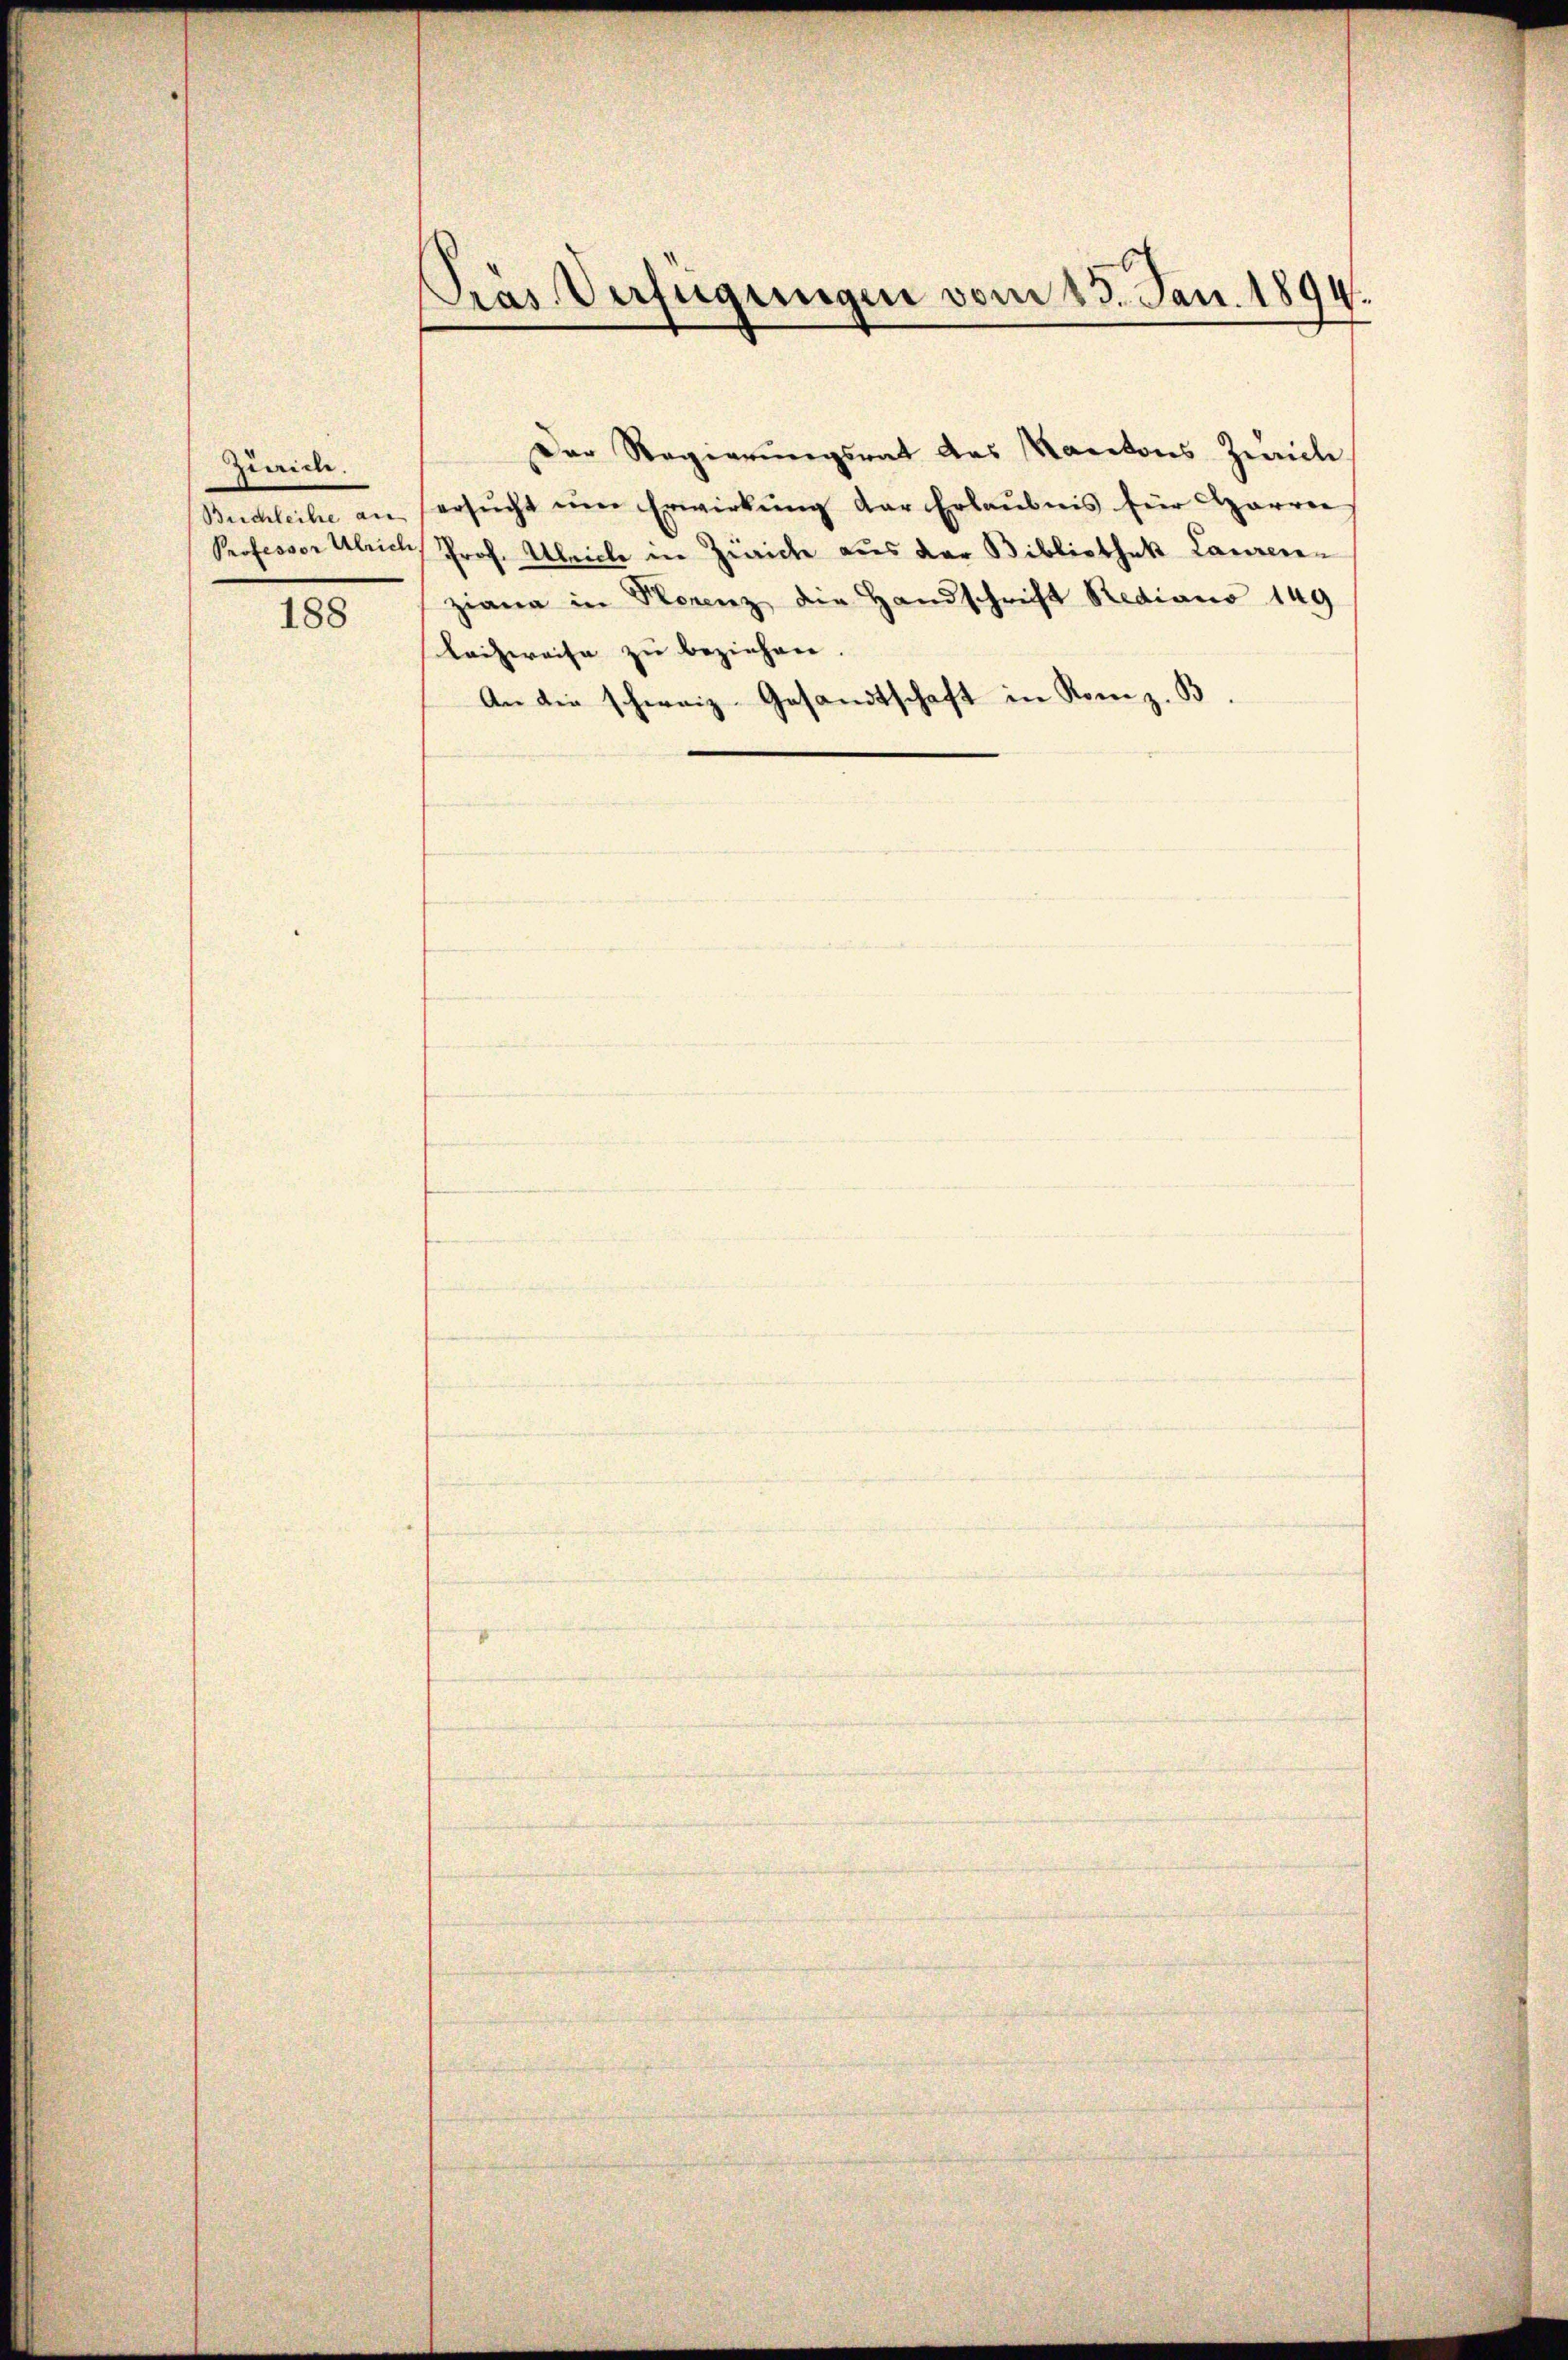
Zirich.

188

Pras Verfügungen vom 23. Jan. 1894.

Der Regierŭngsrat des Kantons Zürich
Buchleihe an ersŭcht ŭm Erwirkŭng der Erlaubnis für Harrer
Professor Ulrich, Prof. Ulricle in Zürich aus der Bibliothek Laurenziana in Storenz die Handschrift Rediano 149
Laizweise zu beziehen.
An die schweiz. Gesandtschaft in Rom z. B.